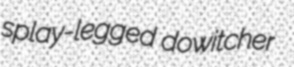
splay-legged dowitcher